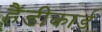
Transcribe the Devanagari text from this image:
हैंडीकार्ड